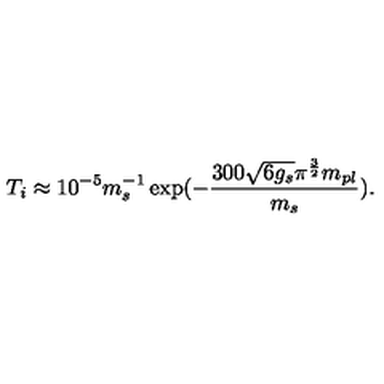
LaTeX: T _ { i } \approx 1 0 ^ { - 5 } m _ { s } ^ { - 1 } \exp ( - \frac { 3 0 0 \sqrt { 6 g _ { s } } \pi ^ { \frac { 3 } { 2 } } m _ { p l } } { m _ { s } } ) .